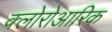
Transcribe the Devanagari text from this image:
क्लोरोआरिक